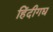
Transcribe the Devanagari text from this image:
हिंदीगद्य